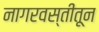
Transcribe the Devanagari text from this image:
नागरवस्तीतून